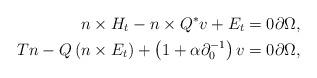
LaTeX: \begin{align*}n\times H_{t}-n\times Q^{*}v+E_{t} & =0\partial\Omega,\\Tn-Q\left(n\times E_{t}\right)+\left(1+\alpha\partial_{0}^{-1}\right)v & =0\partial\Omega,\end{align*}